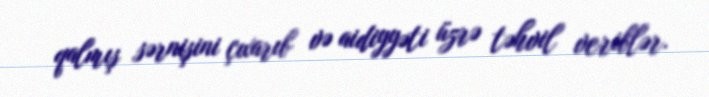
qalmış sərnişini çıxarıb və aidiyyəti üzrə təhvil veriblər.